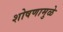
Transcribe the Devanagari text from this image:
शोषणामुळे